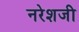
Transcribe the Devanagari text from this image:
नरेशजी